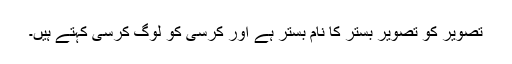
تصویر کو تصویر بستر کا نام بستر ہے اور کرسی کو لوگ کرسی کہتے ہیں۔